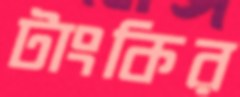
টাংকির